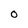
Character: O